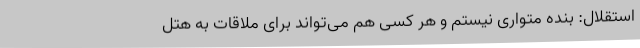
استقلال: بنده متواری نیستم و هر کسی هم می‌تواند برای ملاقات به هتل